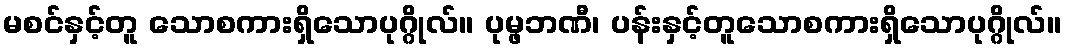
မစင်နှင့်တူ သောစကားရှိသောပုဂ္ဂိုလ်။ ပုမ္ဖဘဏီ၊ ပန်းနှင့်တူသောစကားရှိသောပုဂ္ဂိုလ်။